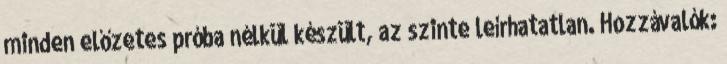
minden előzetes próba nélkül készült, az szinte leírhatatlan. Hozzávalók: